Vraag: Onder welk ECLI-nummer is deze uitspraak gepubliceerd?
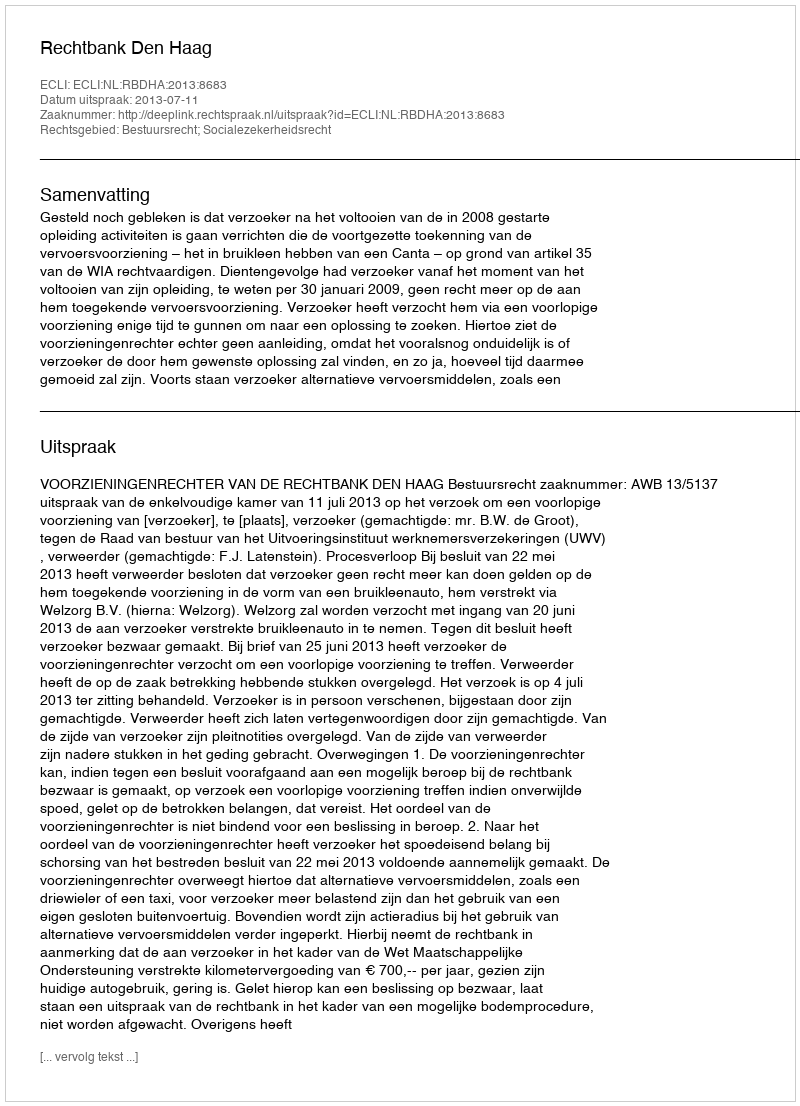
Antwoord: ECLI:NL:RBDHA:2013:8683